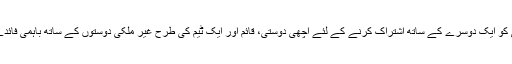
TDC ہارڈ ویئر خلوص کو کامیابی کی خوشی کو ایک دوسرے کے ساتھ اشتراک کرنے کے لئے اچھی دوستی، قائم اور ایک ٹیم کی طرح غیر ملکی دوستوں کے ساتھ باہمی فائدے کی بنیاد پر کام کرنے کی امید!